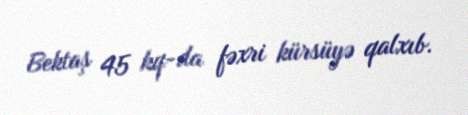
Bektaş 45 kq-da fəxri kürsüyə qalxıb.